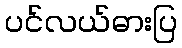
ပင်လယ်ဓားပြ